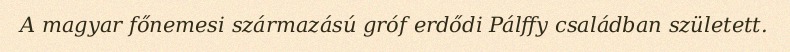
A magyar főnemesi származású gróf erdődi Pálffy családban született.